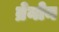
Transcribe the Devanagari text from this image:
ब्रेनोन